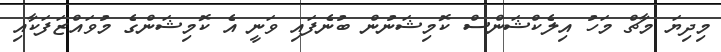
މިދިޔަ މާޗް މަހު އިލެކްޝަންސް ކޮމިޝަނުން ބުނެފައި ވަނީ އެ ކޮމިޝަންގެ މުވައްޒަފަކާއި